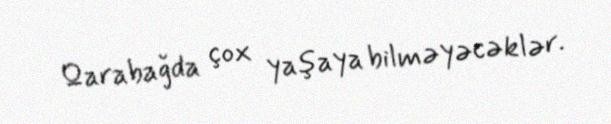
Qarabağda çox yaşaya bilməyəcəklər.